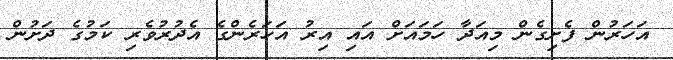
އަހަރުން ފެށިގެން މިއަދާ ހަމައަށް އައި އިރު އަހަރެންގެ އެދުރުވެރި ކަމުގެ ދަށުން